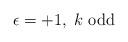
LaTeX: \begin{align*}\epsilon = + 1, \; k \mbox{ odd}\end{align*}